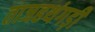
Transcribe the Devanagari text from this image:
ताजहथंगड़ी